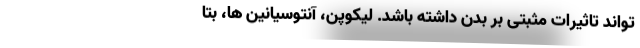
تواند تاثیرات مثبتی بر بدن داشته باشد. لیکوپن، آنتوسیانین ها، بتا